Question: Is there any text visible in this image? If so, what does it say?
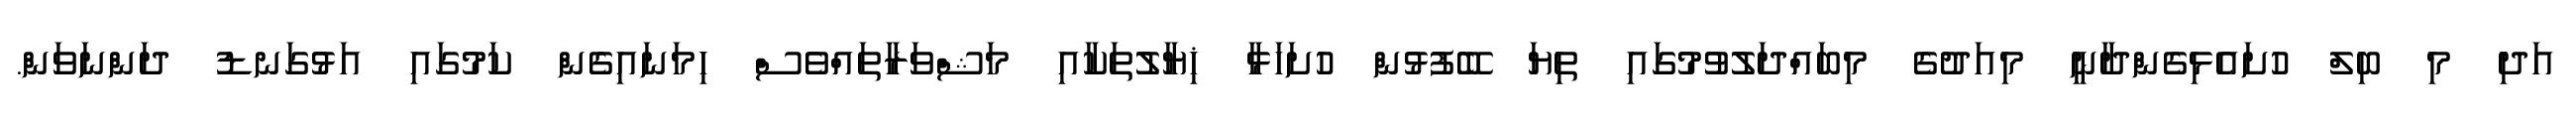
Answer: އަދި މި ބިލް ހުށައެޅިގެންދާނީ މިއަދުގެ މިބައްދަލުވުމުގައި ތިޔަ ބޭފުޅުން ހުށަހަޅާ ޚިޔާލުތަކާއި މަޝްވަރާތައްވެސް ހިމަނައިގެން ކަމުގައި އަޅުގަނޑު ދަންނަވަން.